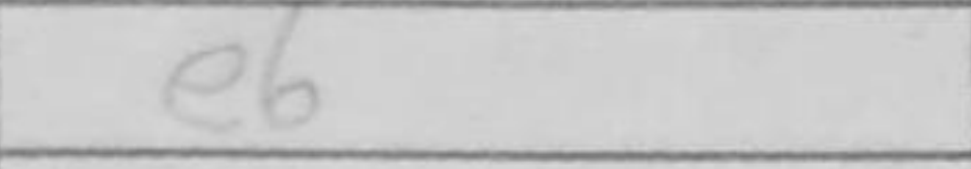
Transcription: e6